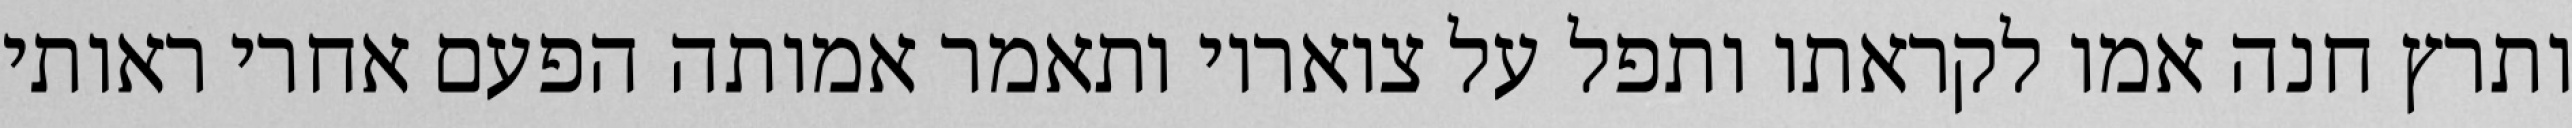
ותרץ חנה אמו לקראתו ותפל על צואריו ותאמר אמותה הפעם אחרי ראותי